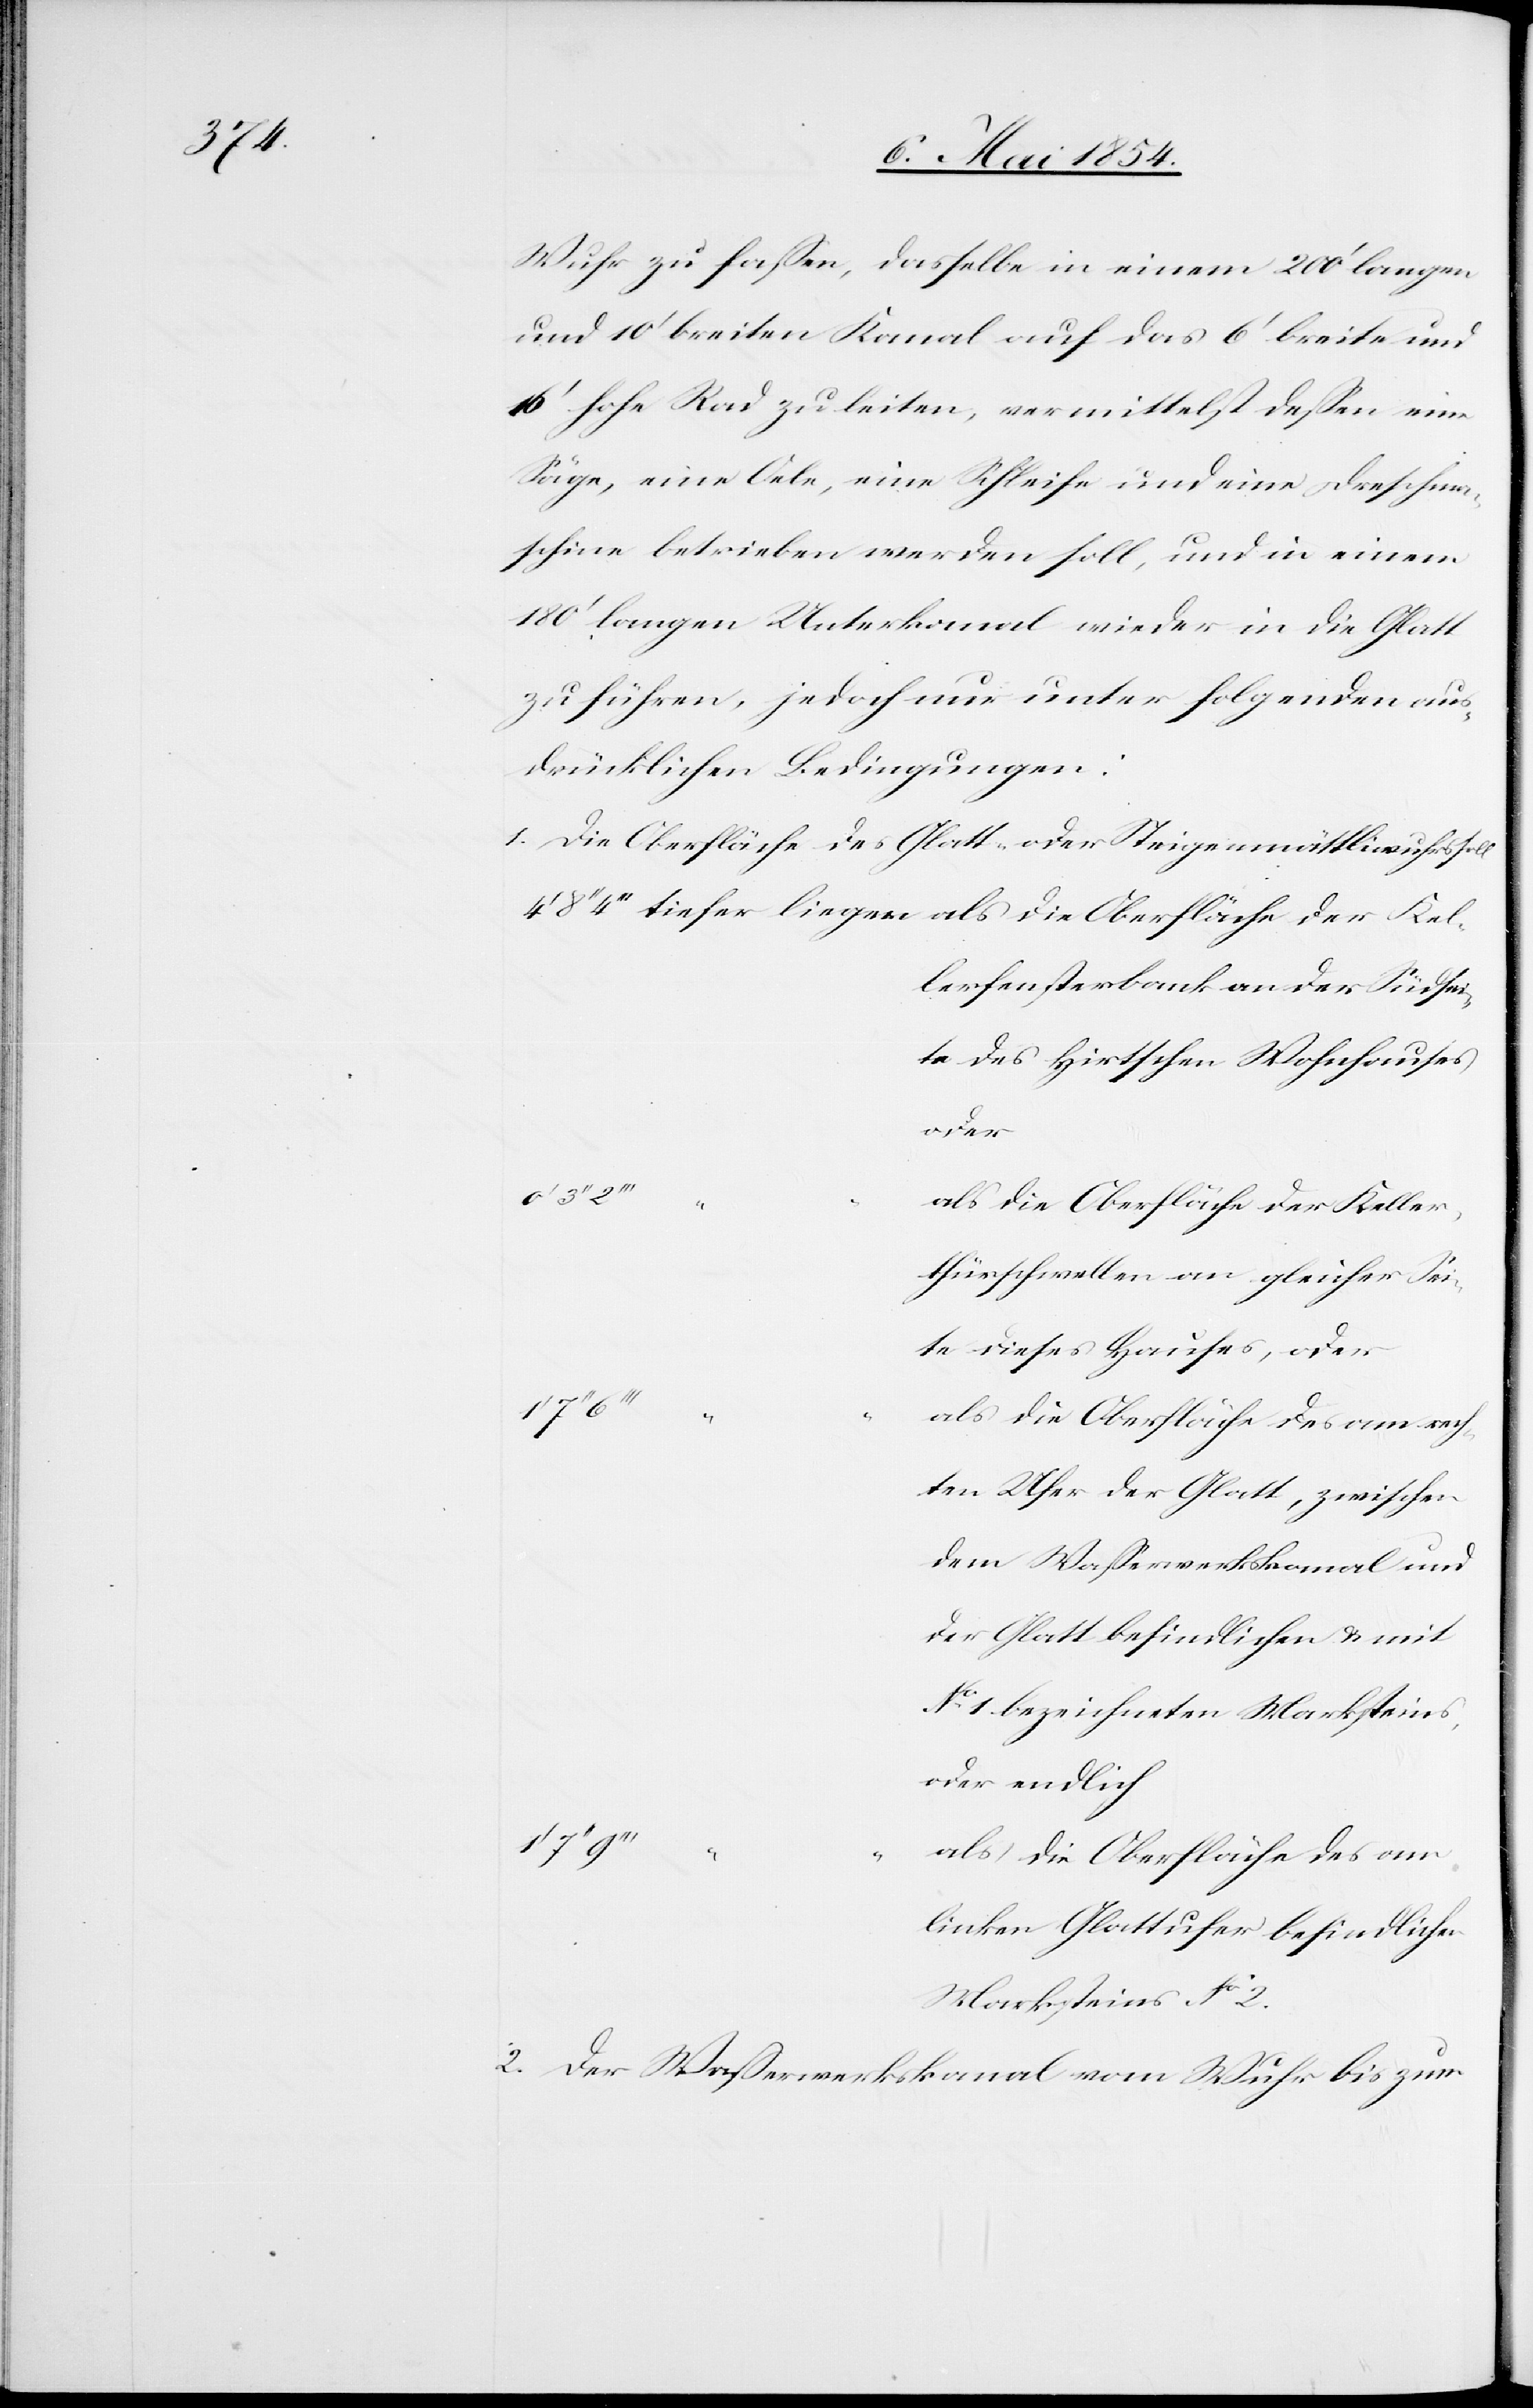
Wuhr zu faßen, dasselbe in einem 200‘ langen
und 10‘ breiten Kanal auf das 6‘ breite und
16‘ hohe Rad zu leiten, vermittelst deßen eine
Säge, eine Oele, eine Schleife und eine Dreschma¬
schine betrieben werden soll, und in einem
180‘ langen Unterkanal wieder in die Glatt
zu führen, jedoch nur unter folgenden aus¬
drücklichen Bedingungen:
1. Die Oberfläche des Glatt- oder Steigenmättliwuhres soll
rfensterbank an der Südsei¬
te des Hirtschen Wohnhauses
oder
als die Oberfläche des Keller¬
thürschwellen an gleicher Sei¬
te dieses Hauses, oder
als die Oberfläche des am rech¬
ten Ufer der Glatt, zwischen
dem Waßerwerkskanal und
der Glatt befindlichen u. mit
No 1 bezeichneten Marksteines,
oder endlich
liegen
als die Oberfläche des am
linken Glattufer befindlichen
Marksteines No2
2. Der Waßerwerkskanal vom Wuhr bis zum